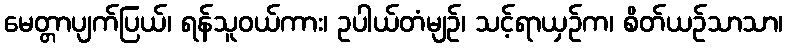
မေတ္တာပျက်ပြယ်၊ ရန်သူဝယ်ကား၊ ဥပါယ်တံမျဉ်၊ သင့်ရာယှဉ်က၊ စိတ်ယဉ်သာသာ၊